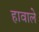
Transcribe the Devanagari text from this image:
हावाले